Annual administration report of the Bombay Presidency - 1887-1892
Year: 1887
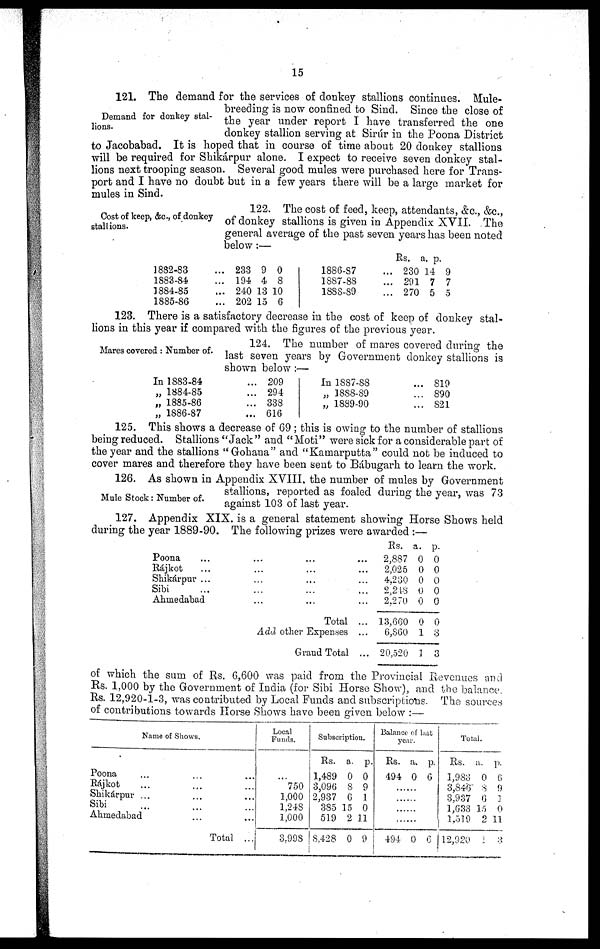
15
Demand for donkey stal-
lions.
121. The demand for the services of donkey stallions continues. Mule-
breeding is now confined to Sind. Since the close of
the year under report I have transferred the one
donkey stallion serving at Sirur in the Poona District
to Jacobabad. It is hoped that in course of time about 20 donkey stallions
will be required for Shikárpur alone. I expect to receive seven donkey stal-
lions next trooping season. Several good mules were purchased here for Trans-
port and I have no doubt but in a few years there will be a large market for
mules in Sind.
Cost of keep, &c., of donkey
stallions.
122. The cost of feed, keep, attendants, &c., &c.,
of donkey stallions is given in Appendix XVII. The
general average of the past seven years has been noted
below:—
1832-83 ...
1883-84 ...
1884-85 ...
1885-86 ...
233
194
240
202
9
4
13
15
0
8
10
6
1886-87
...
1887-88
...
1888-89
...
Rs.
230
291
270
a.
14
7
5
p.
9
7
5
123. There is a satisfactory decrease in the cost of keep of donkey stal-
lions in this year if compared with the figures of the previous year.
Mares covered: Number of.
124. The number of mares covered during the
last seven years by Government donkey stallions is
shown below:—
In 1883-84
...
„ 1884-85
...
„ 1885-86
...
„ 1886-87
...
209
294
338
616
In 1887-88
...
„ 1888-89 ...
„ 1889-90
...
819
890
821
125. This shows a decrease of 69; this is owing to the number of stallions
being reduced. Stallions "Jack" and "Moti" were sick for a considerable part of
the year and the stallions "Gohana" and "Kamarputta" could not be induced to
cover mares and therefore they have been sent to Bábugarh to learn the work.
Mule Stock: Number of.
126. As shown in Appendix XVIII. the number of mules by Government
stallions, reported as foaled during the year, was 73
against 103 of last year.
127. Appendix XIX. is a general statement showing Horse Shows held
during the year 1889-90. The following prizes were awarded:—
Poona
...
...
...
...
...
Rájkot
...
...
...
... ...
Shikárpur ...
...
...
...
...
Sibi
...
...
...
...
...
Ahmedabad
...
...
...
...
Total ...
Add other Expenses ...
Grand Total ...
Rs.
2,887
2,025
4.230
2,218
2.270
13,000
6,860
20,520
a.
0
0
0
0
0
0
1
1
p.
0
0
0
0
0
0
3
3
of which the sum of Rs. 6,600 was paid from the Provincial Revenues and
Rs. 1,000 by the Government of India (for Sibi Horse Show), and the balance.
Rs. 12,920-1-3, was contributed by Local Funds and subscriptions. The sources
of contributions towards Horse Shows have been given below:—
Name of Shows.
Poona ... ... ...
Rájkot ... ... ...
Shikárpur ... ... ...
Sibi ... ... ...
Ahmedabad ... ...
Total ...
Local
Funds.
...
750
1,000
1,248
1,000
3,998
Subscription.
Rs.
1,489
3,096
2,937
385
519
8,428
a.
0
8
6
15
2
0
p.
0
9
1
0
11
9
Balance of last
year.
Rs.
494
a.
0
p.
6
......
......
......
......
494 0 6
Total.
Rs.
1,983
3,846
3,937
1,633
1,519
12,920
a.
0
8
6
15
2
1
p.
6
9
1
0
11
3